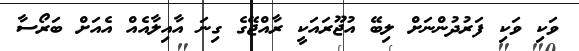
ވަކި ވަކި ފަރުދުންނަށް ލިބޭ އުޖޫރައަކީ ރާއްޖޭގެ ގިނަ އާއިލާއެއް އެއަށް ބަރޯސާ